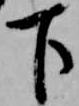
下